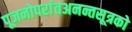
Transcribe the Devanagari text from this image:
पूजनोपरांतअनन्तसूत्रको